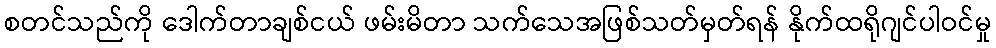
စတင်သည်ကို ဒေါက်တာချစ်ငယ် ဖမ်းမိတာ သက်သေအဖြစ်သတ်မှတ်ရန် နိုက်ထရိုဂျင်ပါဝင်မှု